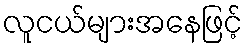
လူငယ်များအနေဖြင့်